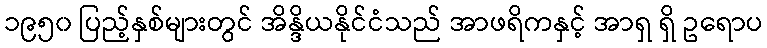
၁၉၅၀ ပြည့်နှစ်များတွင် အိန္ဒိယနိုင်ငံသည် အာဖရိကနှင့် အာရှ ရှိ ဥရောပ